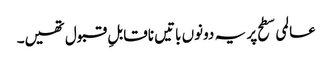
عالمی سطح پر یہ دونوں باتیں ناقابلِ قبول تھیں۔